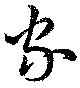
家